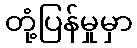
တုံ့ပြန်မှုမှာ